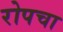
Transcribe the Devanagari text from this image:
रोपचा